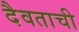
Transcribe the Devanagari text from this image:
दैवताची